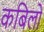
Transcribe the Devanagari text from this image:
कबिलों